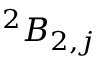
^ { 2 } B _ { 2 , j }